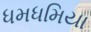
ધમધમિયા